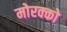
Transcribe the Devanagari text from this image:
मोरक्‍को